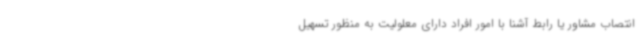
انتصاب مشاور یا رابط آشنا با امور افراد دارای معلولیت به منظور تسهیل